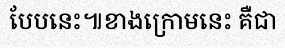
បែបនេះ៕ខាងក្រោមនេះ គឺជា